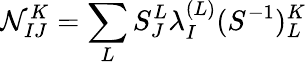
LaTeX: \mathcal{N}_{IJ}^{K}=\sum_{L}S_{J}^{L}\lambda_{I}^{(L)}(S^{-1})_{L}^{K}